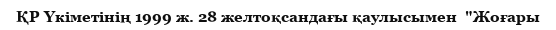
ҚР Үкіметінің 1999 ж. 28 желтоқсандағы қаулысымен  "Жоғары